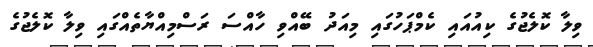
ވިލާ ކޮލެޖުގެ ކިއުއައި ކެމްޕަހުގައި މިއަދު ބޭއްވި ހާއްސަ ރަސްމިއްޔާތެއްގައި ވިލާ ކޮލެޖުގެ